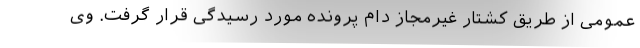
عمومی از طریق کشتار غیرمجاز دام پرونده مورد رسیدگی قرار گرفت. وی